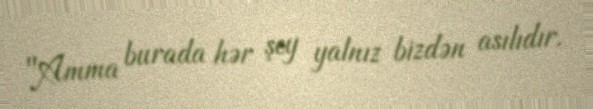
"Amma burada hər şey yalnız bizdən asılıdır.